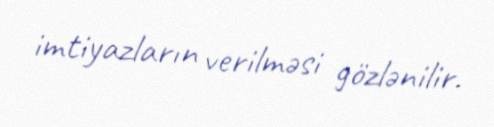
imtiyazların verilməsi gözlənilir.